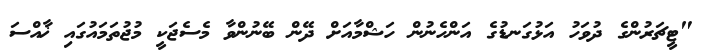
"ޓީޗަރުންގެ ދުވަހު އަޅުގަނޑުގެ އަންހެނުން ހަޝްމާއަށް ދޭން ބޭނުންވާ މެސެޖަކީ މުޖުތަމައުގައި ޚާއްސަ